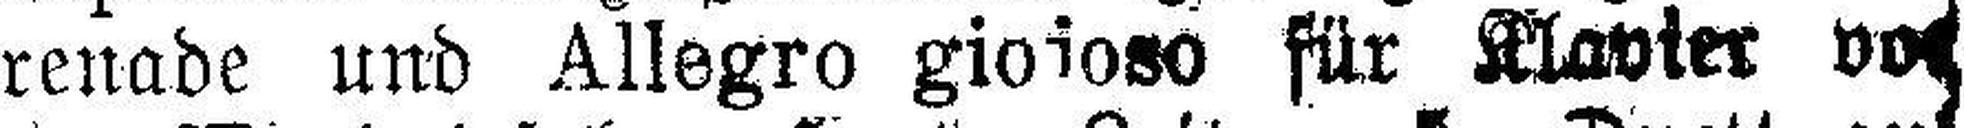
renade und Allegro gioioso für Klavier von